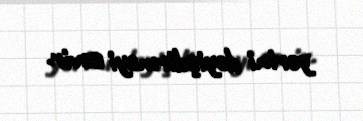
yerini dəyişdirməyi sevir.